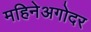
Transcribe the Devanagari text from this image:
महिनेअगोदर